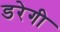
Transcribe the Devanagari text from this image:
डरेगी